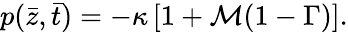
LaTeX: p(\bar{z},\bar{t})=-\kappa\left[1+\mathcal{M}(1-\Gamma)\right].